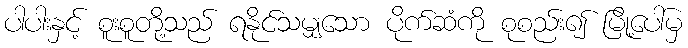
ပါပါးနှင့် စူးစူတို့သည် ရနိုင်သမျှသော ပိုက်ဆံကို စုစည်း၍ မြို့ပေါ်မှ